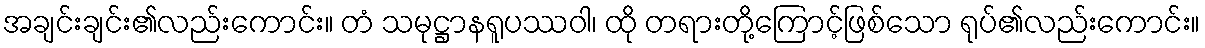
အချင်းချင်း၏လည်းကောင်း။ တံ သမုဋ္ဌာနရူပဿဝါ၊ ထို တရားတို့ကြောင့်ဖြစ်သော ရုပ်၏လည်းကောင်း။